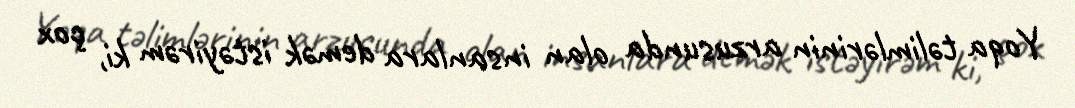
Yoqa təlimlərinin arzusunda olan insanlara demək istəyirəm ki, çox